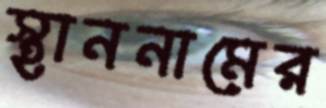
স্থাননামের